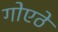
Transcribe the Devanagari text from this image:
गोएठे